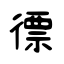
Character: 徱